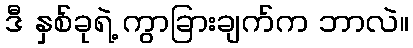
ဒီ နှစ်ခုရဲ့ ကွာခြားချက်က ဘာလဲ။